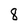
Character: 8